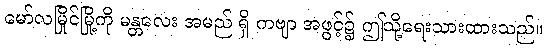
မော်လမြိုင်မြို့ကို မန္တလေး အမည် ရှိ ကဗျာ အဖွင့်၌ ဤသို့ရေးသားထားသည်။